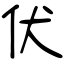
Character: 伏